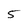
Character: 5